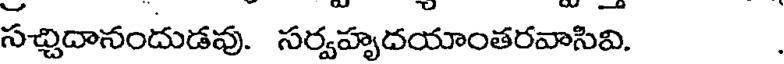
సచ్చిదానందుడవు. సర్వహృదయాంతరవాసివి.